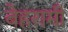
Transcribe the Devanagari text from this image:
बेहरामी